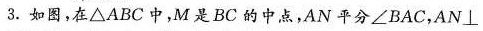
3.如图，在\bigtriangleup ABC中，M是BC的中点，AN平分\angle BAC，AN\bot